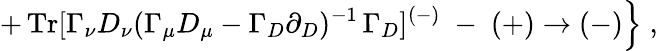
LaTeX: \left.+\, \mathrm{Tr}[\Gamma_{\nu}D_{\nu}(\Gamma_{\mu}D_{\mu}-\Gamma_{D}\partial_{D})^{-1}\, \Gamma_{D}]^{(-)}\; -\; (+)\to(-)\right\} \; ,